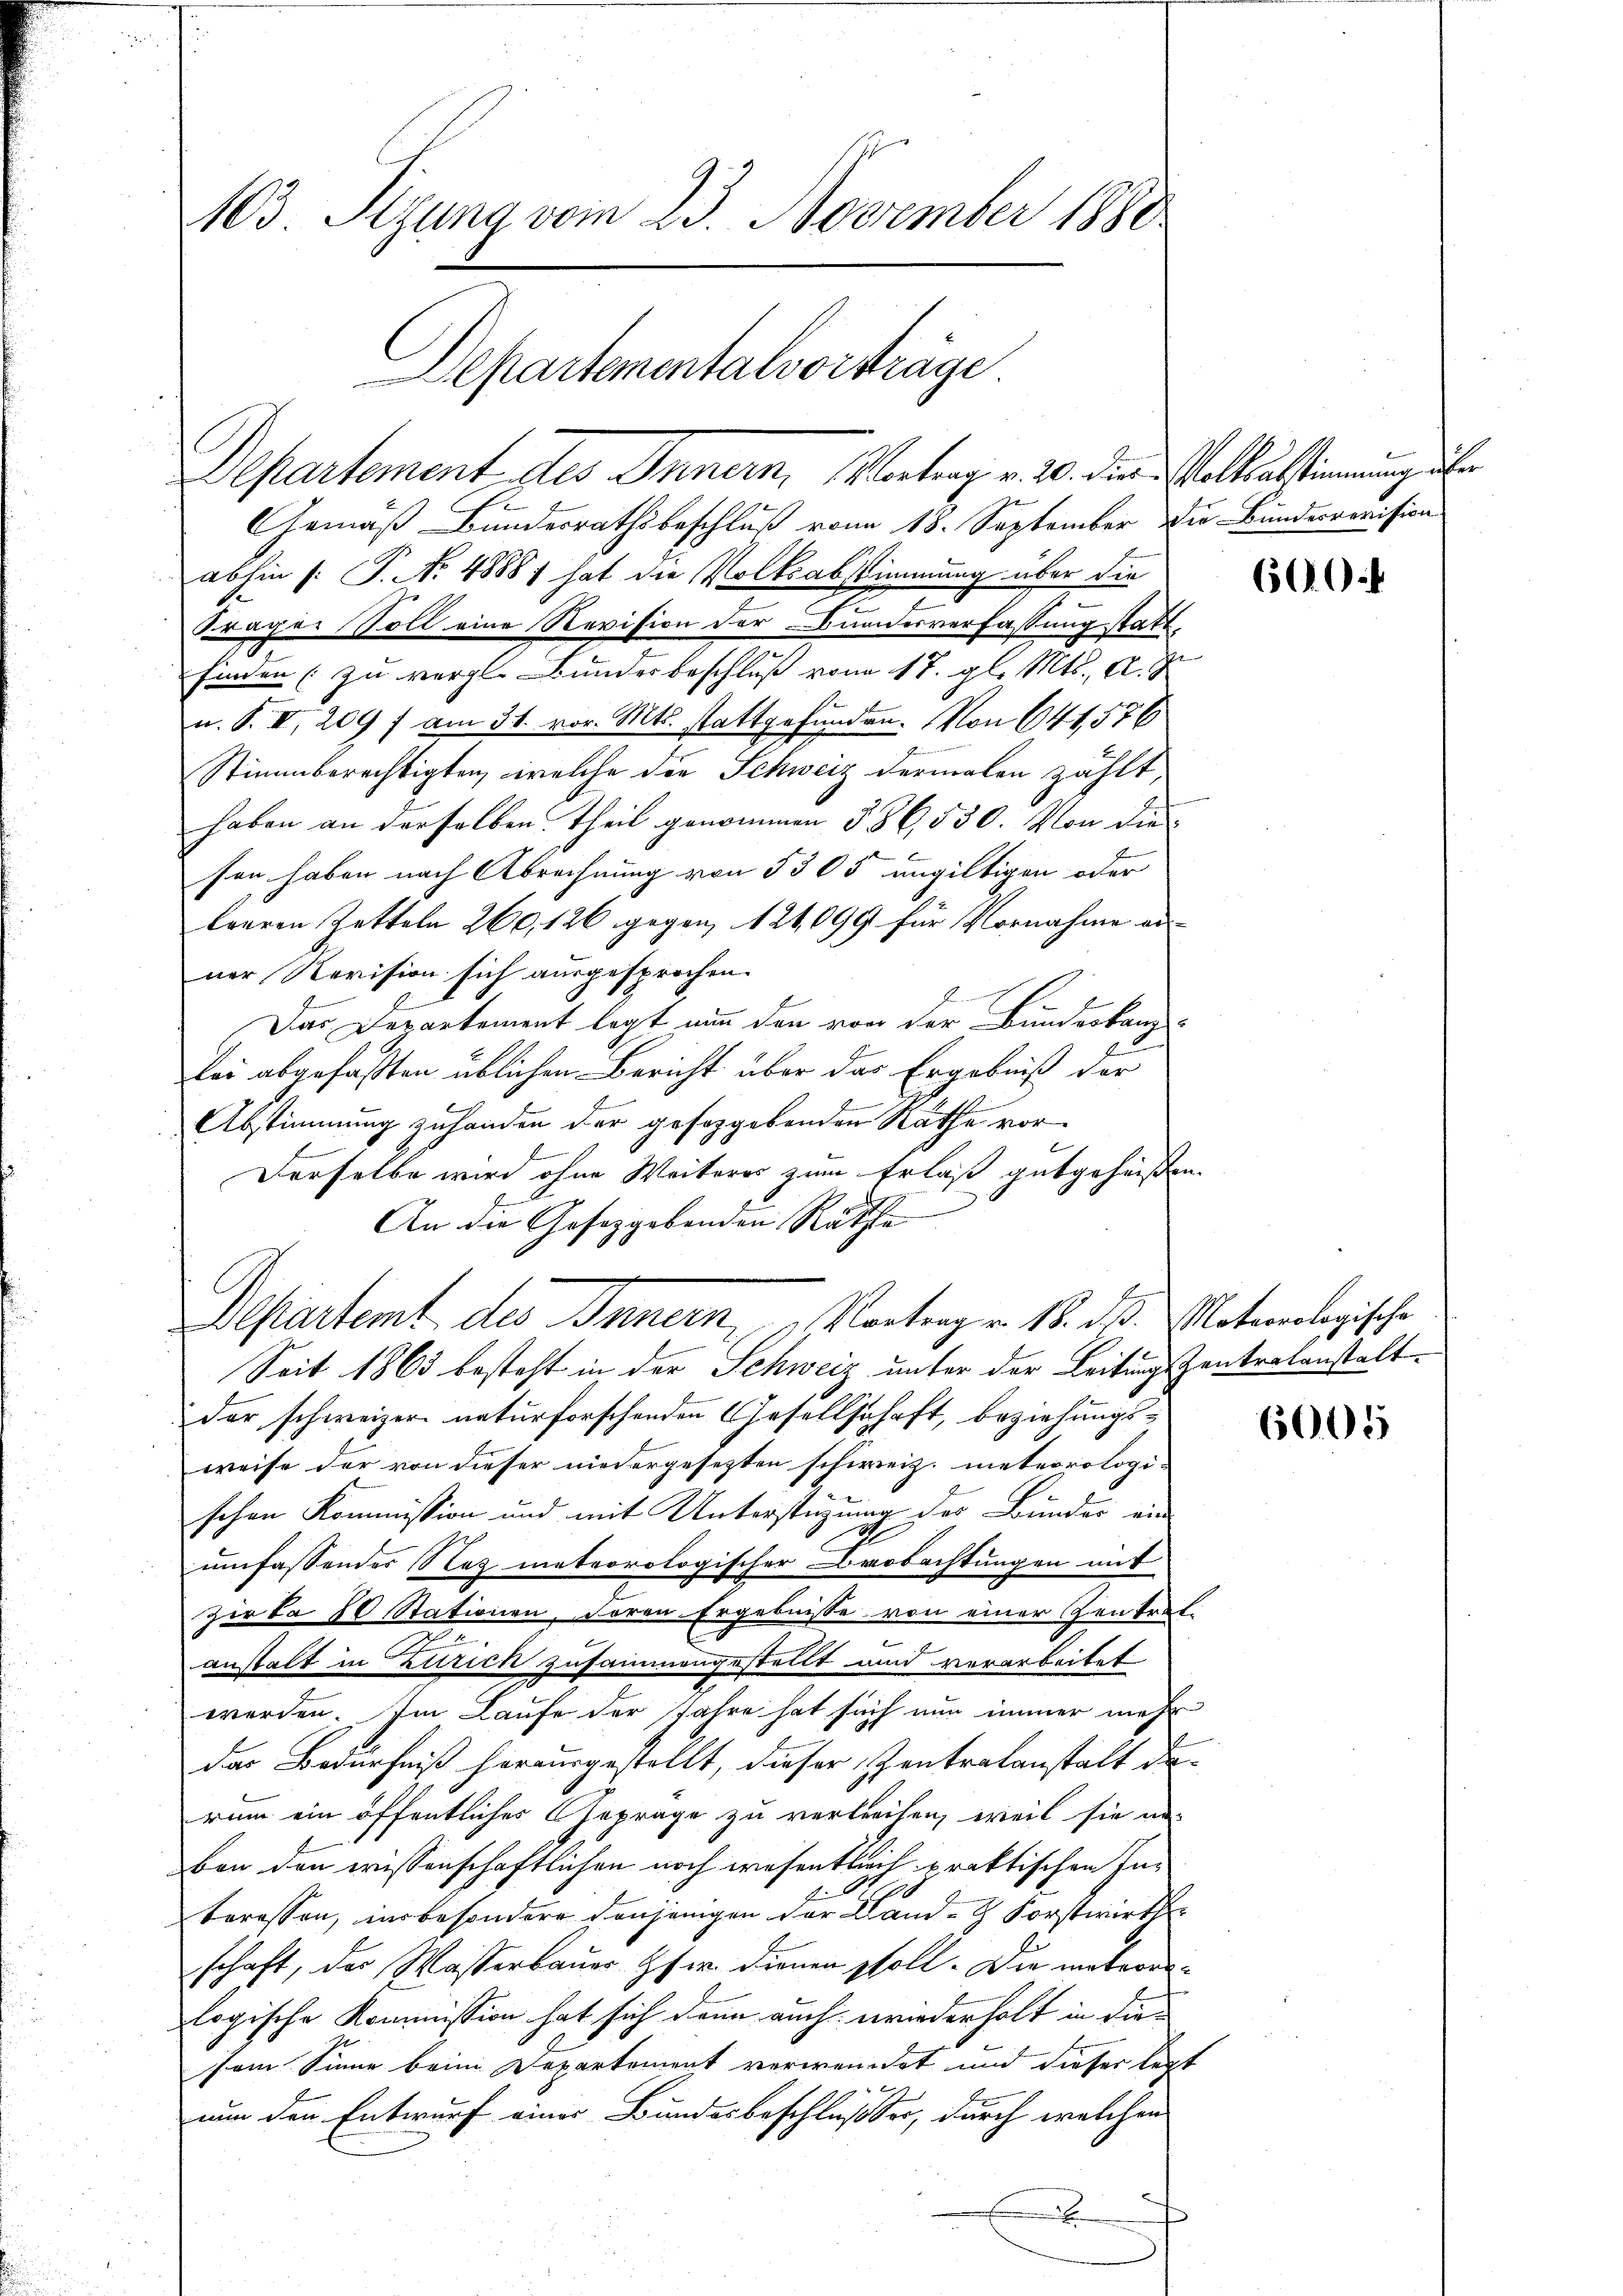
Gemäß Bundesrathsbeschluß vom 18. September die Bundesrevision
abhin s. S. 48881 hat die Volksabstimmung über die
Fragen Soll eine Revision der Bundesverfassung statt
finden (zu vergl. Bunderbeschluß vom 17. gl. Mts., A. J.
u. S. II, 209 f am 31. vor. Mts. stattgefunden. Von 641,576
Stimmberechtigten, welche die Schweiz dermalen zählt,
haben an derselben Theil genommen 586,550. Von die
sen haben nach Abrechnung von 5305 ungültigen oder
leeren Zetteln 260, 126 gegen, 124,099 für Vornahme aus
ner Revision sich ausgesprochen.
Das Departement legt nun den von der Bundeskanzlei abgefaßten üblichen Bericht über das Ergebniß der
Abstimmung zuhanden der gesorgebenden Rathe vor¬
Derselbe wird ohne Weiteres zum Erlaß gutgeheißen.
An die Gesetzgebenden Räthe
Departent des Innern, Vortrag v. 18. ds. Motorologische
Seit 1863 besteht in der Schweiz unter der Leitungszentralanstalt
der schweizer naturforschenden Gesellschaft, beziehungs-
weise der von dieser niedergesezten schweiz. meteorologi-
schen Kommission und mit Unterstüzung des Bunder ein
c
umfassendes Nez meteorologischer Beobachtungen mit
Zirka 10 Stationen, doren Ergebnisse von einer Zentret-
2
anstalt in Zürich zusammengestellt und verarbeitet
werden. Im Laufe der Jahre hat sich nun immer mehr
1
das Bedürfniß herausgestellt, dieser Zentralanstalt de
rum ein öffentliches Gepräge zu verbrechen, weil sie aus
ben den wissenschaftlichen noch wesentlich praktischen In¬
.
teressen, insbesondere denjenigen der Land- Forstwirth
schaft, der Wasserbauer Gsw. dienen soll. Die maternilogische Kommission hat sich dann auch wiederholt in die
sem Sinne beim Departement verwendet und dieser legt
nun den Entwurf einer Bundesbeschlusser, durch welchen
x

103 Sizung vom 23. November 1880
Departementalvorstrage

Departement des Innern, Vertrag v. 20. die Wolliersstimmung über

600

6005